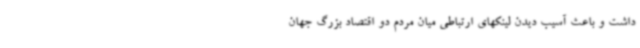
داشت و باعث آسیب دیدن لینکهای ارتباطی میان مردم دو اقتصاد بزرگ جهان